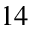
^ { 1 4 }